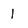
Character: 1